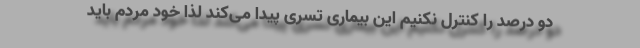
دو درصد را کنترل نکنیم این بیماری تسری پیدا می‌کند لذا خود مردم باید